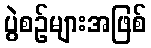
ပွဲစဉ်များအဖြစ်